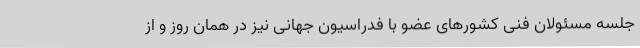
جلسه مسئولان فنی کشورهای عضو با فدراسیون جهانی نیز در همان روز و از